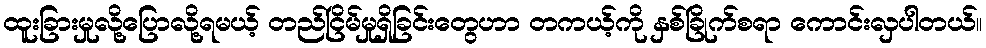
ထူးခြားမှုလို့ပြောလို့ရမယ့် တည်ငြိမ်မှုရှိခြင်းတွေဟာ တကယ့်ကို နှစ်ခြိုက်စရာ ကောင်းလှပါတယ်။